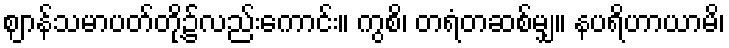
ဈာန်သမာပတ်တို့၌လည်းကောင်း။ ကွစိ၊ တရံတဆစ်မျှ။ နပရိဟာယာမိ၊